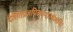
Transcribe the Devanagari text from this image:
देशितंप्रज्ञपितमनात्मेत्यपि।